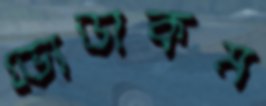
ভোডাকম